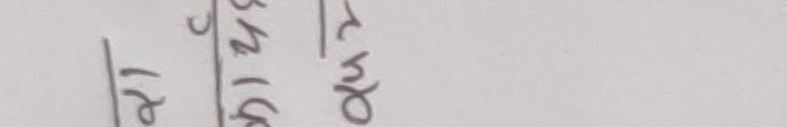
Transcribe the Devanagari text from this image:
२ | ३/८ | ४०